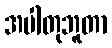
အပါတုဘူတာ